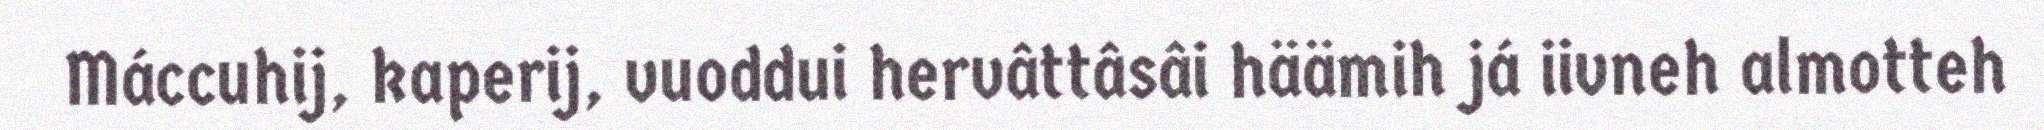
Máccuhij, kaperij, vuoddui hervâttâsâi häämih já iivneh almotteh